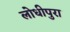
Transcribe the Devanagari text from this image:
लोधीपुरा